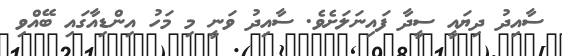
ސާއިދު ދިޔައީ ސީދާ ފައިނަލަށެވެ. ސާއިދު ވަނީ މި މަހު އިންޑިއާގައި ބޭއްވި